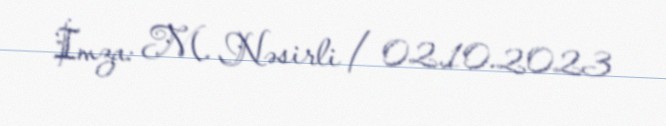
İmza: M. Nəsirli / 02.10.2023